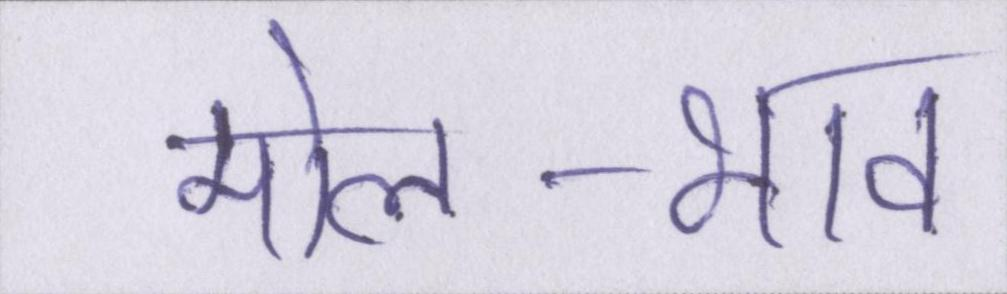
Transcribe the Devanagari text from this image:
मोल-भाव